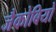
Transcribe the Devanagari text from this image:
जैकोबियो